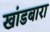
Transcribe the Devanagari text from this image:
खांडबारा